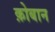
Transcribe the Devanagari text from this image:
क़ोबान